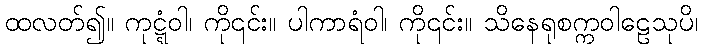
ထလတ်၍။ ကုဋ္ဋံဝါ၊ ကို၎င်း။ ပါကာရံဝါ၊ ကို၎င်း။ သိနေရုစက္ကဝါဠေသုပိ၊